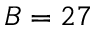
B = 2 7